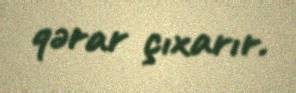
qərar çıxarır.